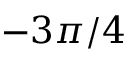
- 3 \pi / 4